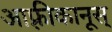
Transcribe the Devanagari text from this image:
आफ़्रीकानूस्